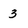
Character: 3